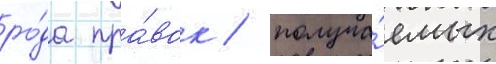
ро́да пра́вок / получа́емых